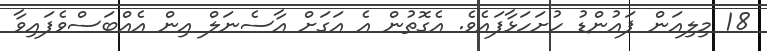
18 މިލިއަން ޕައުންޑު ހުށަހަޅާފައެވެ. އެގޮތުން އެ އަގަށް އާސެނަލް އިން އެއްބަސްވެފައިވާ